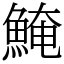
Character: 𩸆